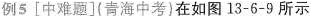
例5[中难题](青海中考)在如图13-6-9所示